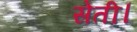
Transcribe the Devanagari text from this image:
सेती।